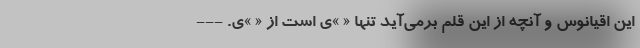
این اقیانوس و آنچه از این قلم برمی‌آید تنها « »ی است از « »ی. ---